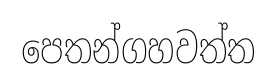
පෙතන්ගහවත්ත